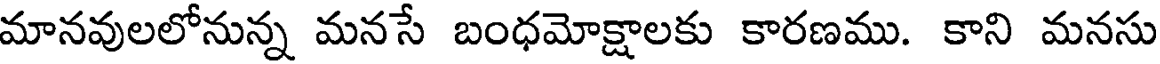
మానవులలోనున్న మనసే బంధమోక్షాలకు కారణము. కాని మనసు